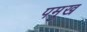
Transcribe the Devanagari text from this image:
पमुख